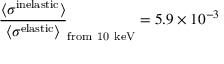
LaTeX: \frac { \langle \sigma ^ { \mathrm { i n e l a s t i c } } \rangle } { \langle \sigma ^ { \mathrm { e l a s t i c } } \rangle } _ { \mathrm { f r o m ~ 1 0 ~ k e V } } = 5 . 9 \times 1 0 ^ { - 3 }